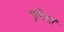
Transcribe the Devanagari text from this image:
गुनियाँ